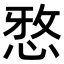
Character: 𫺗